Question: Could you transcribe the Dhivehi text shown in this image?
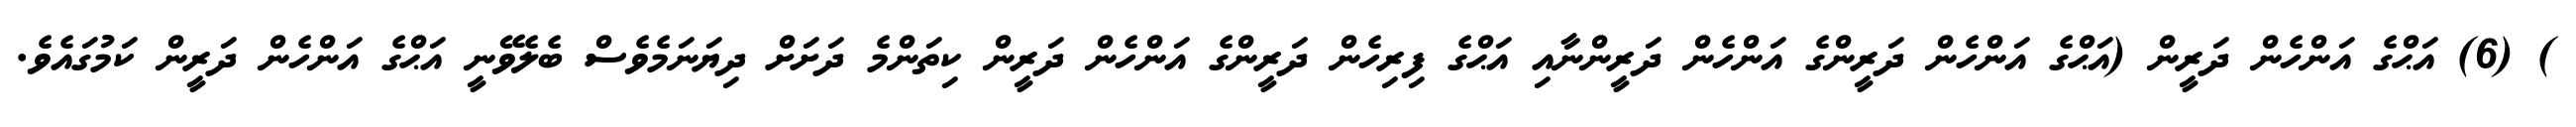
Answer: ) (6) އަޙްގެ އަންހެން ދަރީން (އަޙްގެ އަންހެން ދަރީންގެ އަންހެން ދަރީންނާއި އަޙްގެ ފިރިހެން ދަރީންގެ އަންހެން ދަރީން ކިތަންމެ ދަށަށް ދިޔަނަމެވެސް ބެލެވޭނީ އަޙްގެ އަންހެން ދަރީން ކަމުގައެވެ.